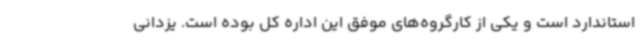
استاندارد است و یکی از کارگروه‌های موفق این اداره کل بوده است. یزدانی